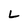
Character: L